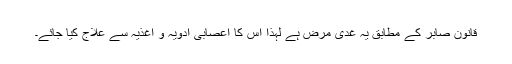
قانونِ صابر کے مطابق یہ غدی مرض ہے لہٰذا اس کا اعصابی ادویہ و اغذیہ سے علاج کیا جائے۔